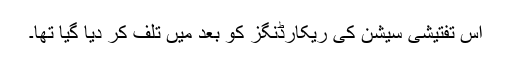
اس تفتیشی سیشن کی ریکارڈنگز کو بعد میں تلف کر دیا گیا تھا۔